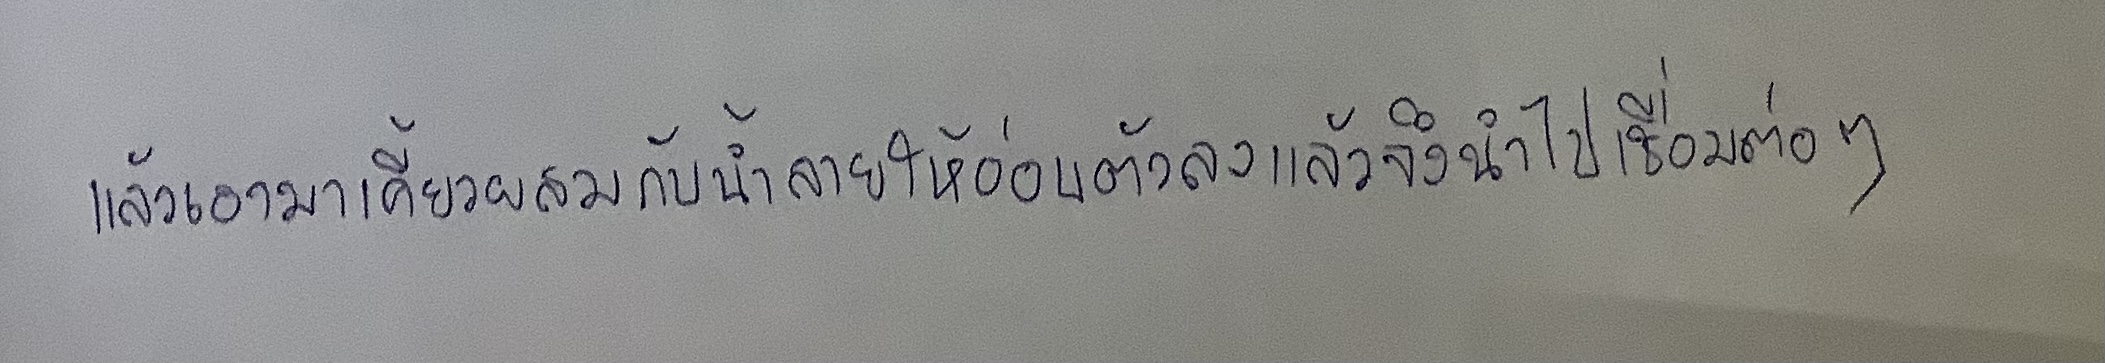
แล้วเอามาเคี้ยวผสมกับน้ำลายให้อ่อนตัวลงแล้วจึงนำไปเชื่อมต่อๆ